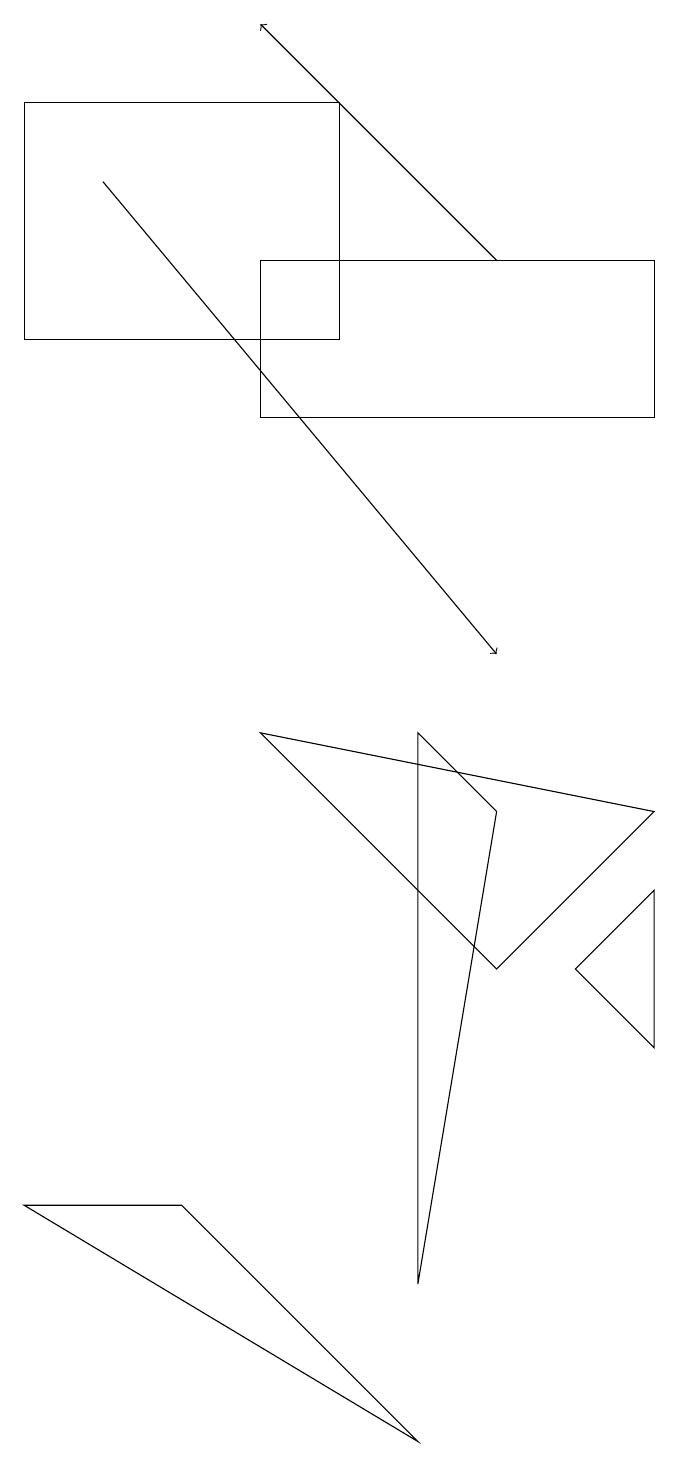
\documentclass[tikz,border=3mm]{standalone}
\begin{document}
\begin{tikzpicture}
\draw (2,3) -- (5,0) -- (0,3) -- cycle;
\draw[->] (1,16) -- (6,10);
\draw (6,6) -- (3,9) -- (8,8) -- cycle;
\draw (5,2) -- (6,8) -- (5,9) -- cycle;
\draw (4,17) rectangle (0,14);
\draw (7,6) -- (8,7) -- (8,5) -- cycle;
\draw (3,15) rectangle (8,13);
\draw[->] (6,15) -- (3,18);
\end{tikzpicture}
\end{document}